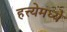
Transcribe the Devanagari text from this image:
हत्त्येमध्ये